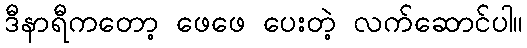
ဒီနာရီကတော့ ဖေဖေ ပေးတဲ့ လက်ဆောင်ပါ။